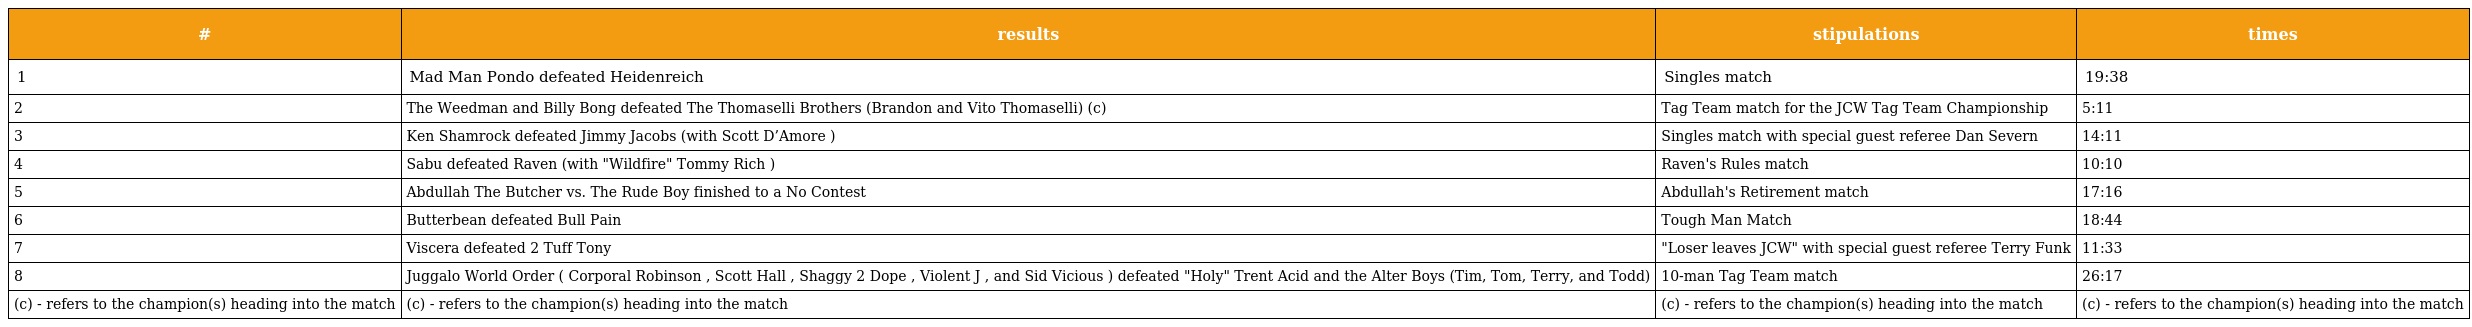
| # | results | stipulations | times |
 | --- | --- | --- | --- |
 | 1 | Mad Man Pondo defeated Heidenreich | Singles match | 19:38 |
 | 2 | The Weedman and Billy Bong defeated The Thomaselli Brothers (Brandon and Vito Thomaselli) (c) | Tag Team match for the JCW Tag Team Championship | 5:11 |
 | 3 | Ken Shamrock defeated Jimmy Jacobs (with Scott D’Amore ) | Singles match with special guest referee Dan Severn | 14:11 |
 | 4 | Sabu defeated Raven (with "Wildfire" Tommy Rich ) | Raven's Rules match | 10:10 |
 | 5 | Abdullah The Butcher vs. The Rude Boy finished to a No Contest | Abdullah's Retirement match | 17:16 |
 | 6 | Butterbean defeated Bull Pain | Tough Man Match | 18:44 |
 | 7 | Viscera defeated 2 Tuff Tony | "Loser leaves JCW" with special guest referee Terry Funk | 11:33 |
 | 8 | Juggalo World Order ( Corporal Robinson , Scott Hall , Shaggy 2 Dope , Violent J , and Sid Vicious ) defeated "Holy" Trent Acid and the Alter Boys (Tim, Tom, Terry, and Todd) | 10-man Tag Team match | 26:17 |
 | (c) - refers to the champion(s) heading into the match | (c) - refers to the champion(s) heading into the match | (c) - refers to the champion(s) heading into the match | (c) - refers to the champion(s) heading into the match |